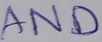
Text: AND